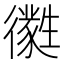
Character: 㣸